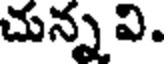
చున్న వి.